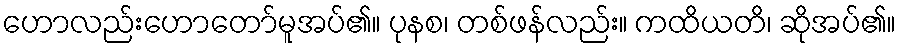
ဟောလည်းဟောတော်မူအပ်၏။ ပုနစ၊ တစ်ဖန်လည်း။ ကထိယတိ၊ ဆိုအပ်၏။